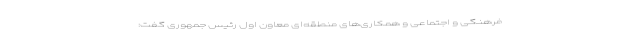
فرهنگی و اجتماعی و همکاری‌های منطقه‌ای معاون اول رئیس جمهوری گفت: